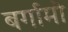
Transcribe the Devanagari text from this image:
बर्गामो